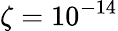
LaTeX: \zeta=10^{-14}